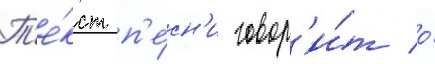
Т'е́кст п'е́сн'и говор'и́т о́